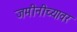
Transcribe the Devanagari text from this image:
जमीनीच्यावर